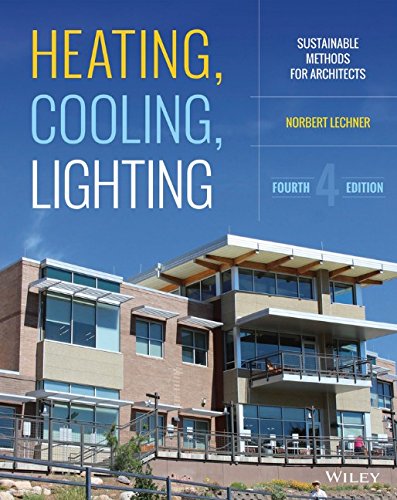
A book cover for Heating, Cooling, Lighting: Sustainable Design Methods for Architects; Norbert Lechner; Arts & Photography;